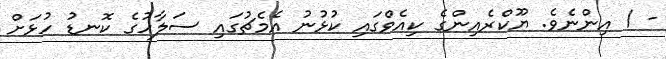
- 1 އިންނެވެ. ޔޫކްރެއިންގެ ކިއެވްގައި ކުޅުނު އެމެޗުގައި ސަލާހުގެ ކޮނޑު ހުޅަށް